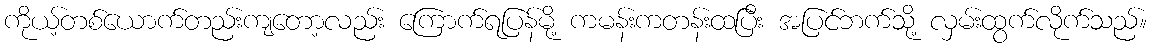
ကိုယ့်တစ်ယောက်တည်းကျတော့လည်း ကြောက်ရပြန်မို့ ကမန်းကတန်းထပြီး အပြင်ဘက်သို့ လှမ်းထွက်လိုက်သည်။